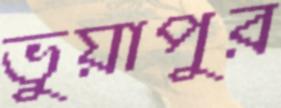
ভুয়াপুর